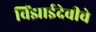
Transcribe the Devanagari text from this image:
विंझाईदेवीचे